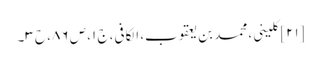
[۲۱] کلینی، محمد بن یعقوب، الکافی، ج ۱، ص ۸۶، ح ۳۔